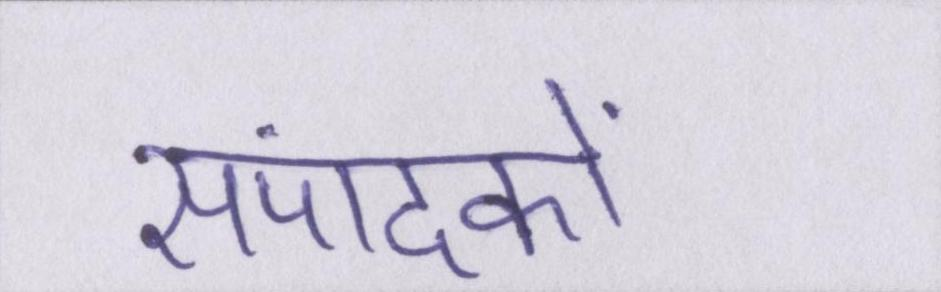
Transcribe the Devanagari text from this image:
संपादकों